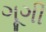
ગૂગી